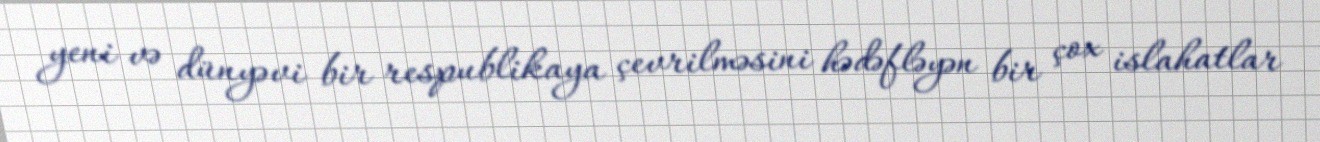
yeni və dünyəvi bir respublikaya çevrilməsini hədəfləyən bir çox islahatlar